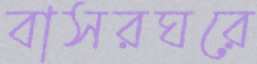
বাসরঘরে